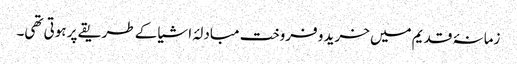
زمانۂ قدیم میں خرید و فروخت مبادلۂ اشیا کے طریقے پر ہوتی تھی۔